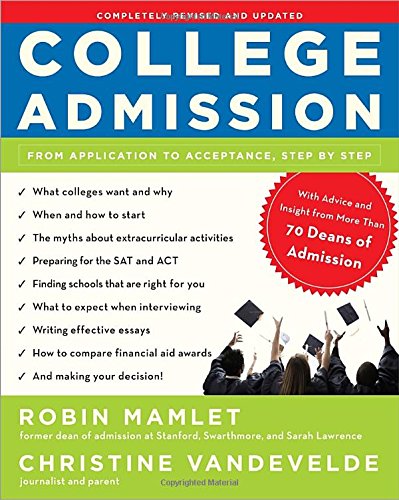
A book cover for College Admission: From Application to Acceptance, Step by Step; Robin Mamlet; Test Preparation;